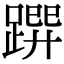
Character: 𨃿